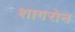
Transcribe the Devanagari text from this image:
शागरोन